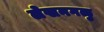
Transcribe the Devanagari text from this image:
लेखनगळु